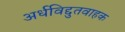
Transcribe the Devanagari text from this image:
अर्धविद्दुतवाहक